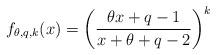
LaTeX: \begin{align*}f_{\theta, q, k}(x)=\left(\frac{\theta x+q-1}{x+\theta+q-2}\right)^k\end{align*}